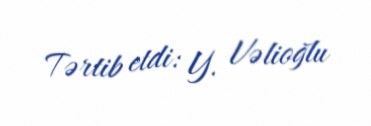
Tərtib etdi: Y. Vəlioğlu